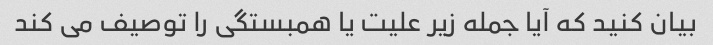
بیان کنید که آیا جمله زیر علیت یا همبستگی را توصیف می کند